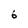
Character: 6